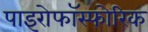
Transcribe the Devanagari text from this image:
पाइरोफॉस्फोरिक